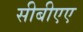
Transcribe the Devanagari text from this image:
सीबीएए